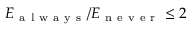
E _ { \mathrm { ~ a ~ l ~ w ~ a ~ y ~ s ~ } } / E _ { \mathrm { ~ n ~ e ~ v ~ e ~ r ~ } } \leq 2